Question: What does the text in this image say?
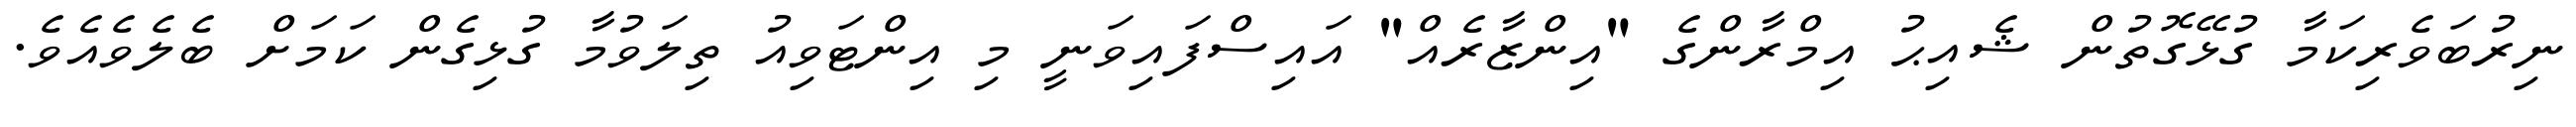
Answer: ނިރުބަވެރިކަމާ ގުޅޭގޮތުން ޝެއިޙު އިމްރާންގެ "އިންޒާރެއް" އައިސްފައިވަނީ މި އިންޓަވިއު ތިލަވުމާ ގުޅިގެން ކަމަށް ބެލެވެއެވެ.